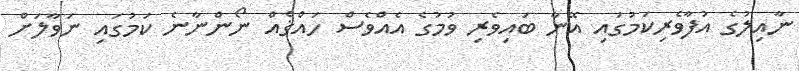
ނާއިލުގެ އުފާވެރިކަމުގައި އޭނާ ބައިވެރި ވުމުގެ އެއްވެސް ހައްޤެއް ނޯންނާނެ ކަމުގައި ނަވާލަށް